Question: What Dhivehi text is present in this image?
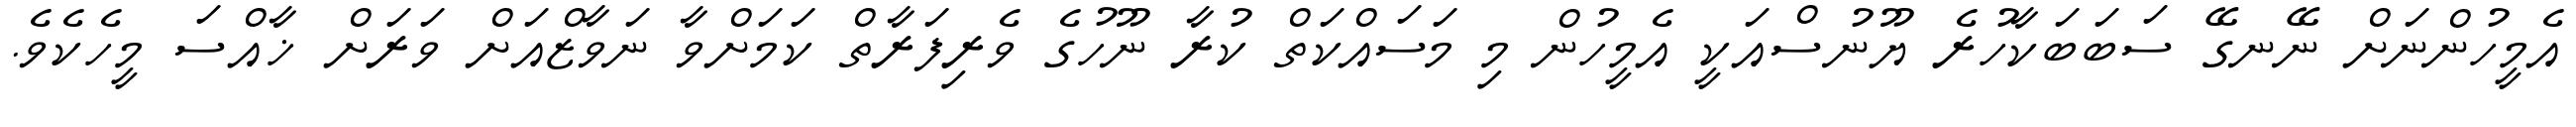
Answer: އެމީހުންނަށް ނޭނގޭ ސަބަބަކާހުރެ ޔޫނުސްއަކީ އެމީހުން މި މަސައްކަތް ކުރާ ނޫހުގެ ވެރިފަރާތް ކަމަށްވާ ނަވާޒްއަށް ވަރަށް ޚާއްސަ މީހެކެވެ.